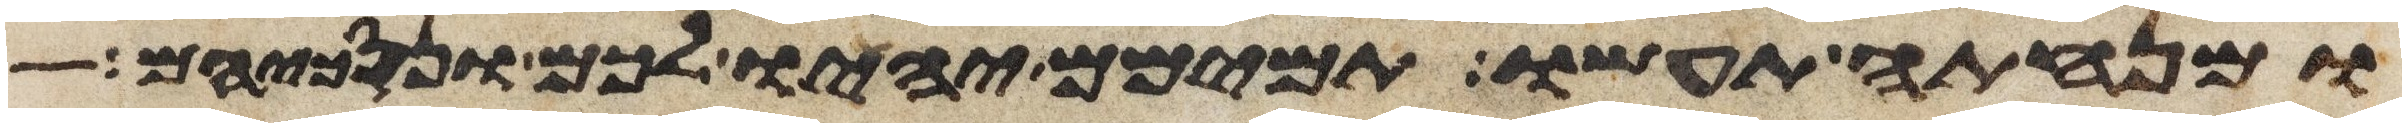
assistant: ומנחתה תעשו תמימם יהיו לכם ונסכיהם